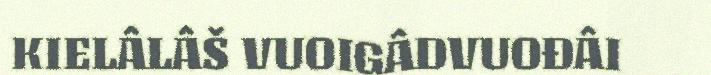
KIELÂLÂŠ VUOIGÂDVUOĐÂI